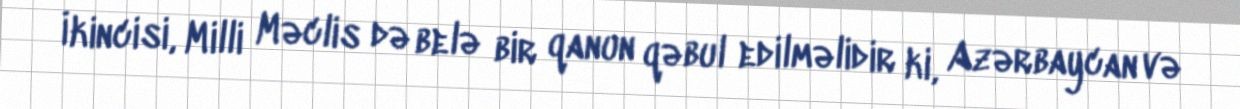
İkincisi, Milli Məclis də belə bir qanun qəbul edilməlidir ki, Azərbaycan və